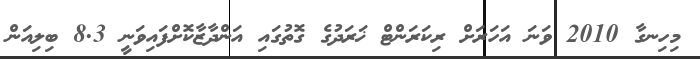
މިހިނގާ 2010 ވަނަ އަހަރަށް ރިކަރަންޓް ޚަރަދުގެ ގޮތުގައި އަންދާޒާކޮށްފައިވަނީ 8.3 ބިލިއަން